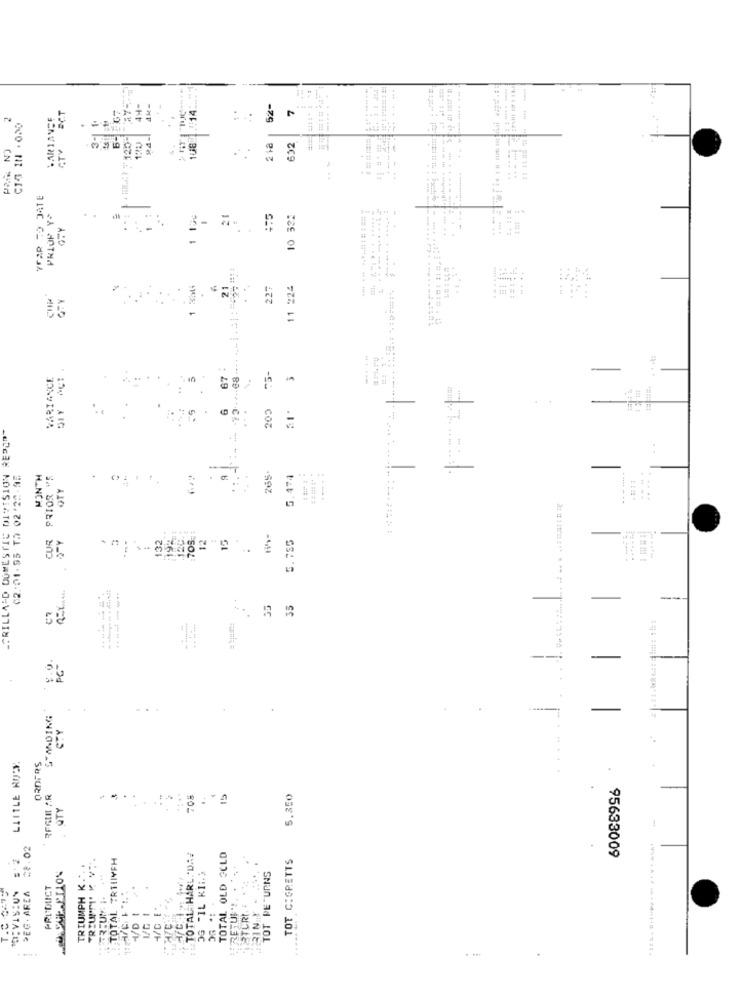
52-
2
WARIANSE
C15 IN . 000
3-1
3
CTY
4.
632
YEAR TO JATE
PRLOP YA
. .
21
10 32:
.... ... .... # :====
OTY
3 -
21
227
11 224
.
---. ....
VARIANCE
67
75-
6
200
=
GRILLA'D DOMESTIC DIVISION REPO""
02.01.95 TO 02'22-95
MONTH
PRIOR
-
265.
G.474
4
OTY
.
..
CUR
132
192
705
12
5.785
.......
..
35
-
...
-
STANDING
-
..
LITTLE ROCK
ORDERS
15
5,350
ATY
=ł.02
: TOTAL TRTIIYFH
TOTAL HARL.'DA.
TOTAL OLD SCLD
TOT CIGRETTS
95633009
OG "IL KI:)
TOT RETURNS
T.C .C=75
DEC. AREA
PRUDUCT
; VIS:UN
TRIUMPH
FRETUIN !.
RTCRI.
4/C E.
4/D
-
-